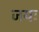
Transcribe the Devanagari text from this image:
जयः